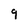
Character: 9